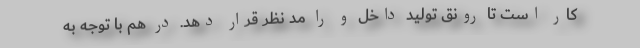
کار است تا رونق تولید داخل و را مد نظر قرار دهد. در هم با توجه به